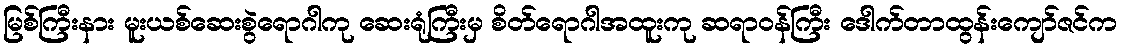
မြစ်ကြီးနား မူးယစ်ဆေးစွဲရောဂါကု ဆေးရုံကြီးမှ စိတ်ရောဂါအထူးကု ဆရာဝန်ကြီး ဒေါက်တာထွန်းကျော်ဇင်က